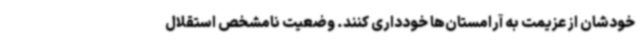
خودشان از عزیمت به آرامستان‌ها خودداری کنند. وضعیت نامشخص استقلال